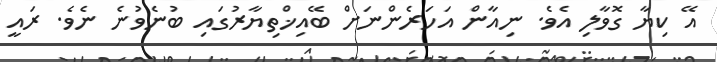
އޭ ކިޔާ ގޮވާލި އެވެ. ނިއާން އަހަރެންނަށް ބޭއިޚްތިޔާރުގައި ބުނެވުނެ ނެވެ. ރައީ